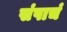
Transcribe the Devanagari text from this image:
संपाचं